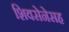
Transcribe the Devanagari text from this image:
शिवसेनेसह